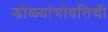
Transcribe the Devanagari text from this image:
डोळ्यांभोवतिची